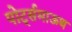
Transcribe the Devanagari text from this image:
पोर्ट्समाऊथ